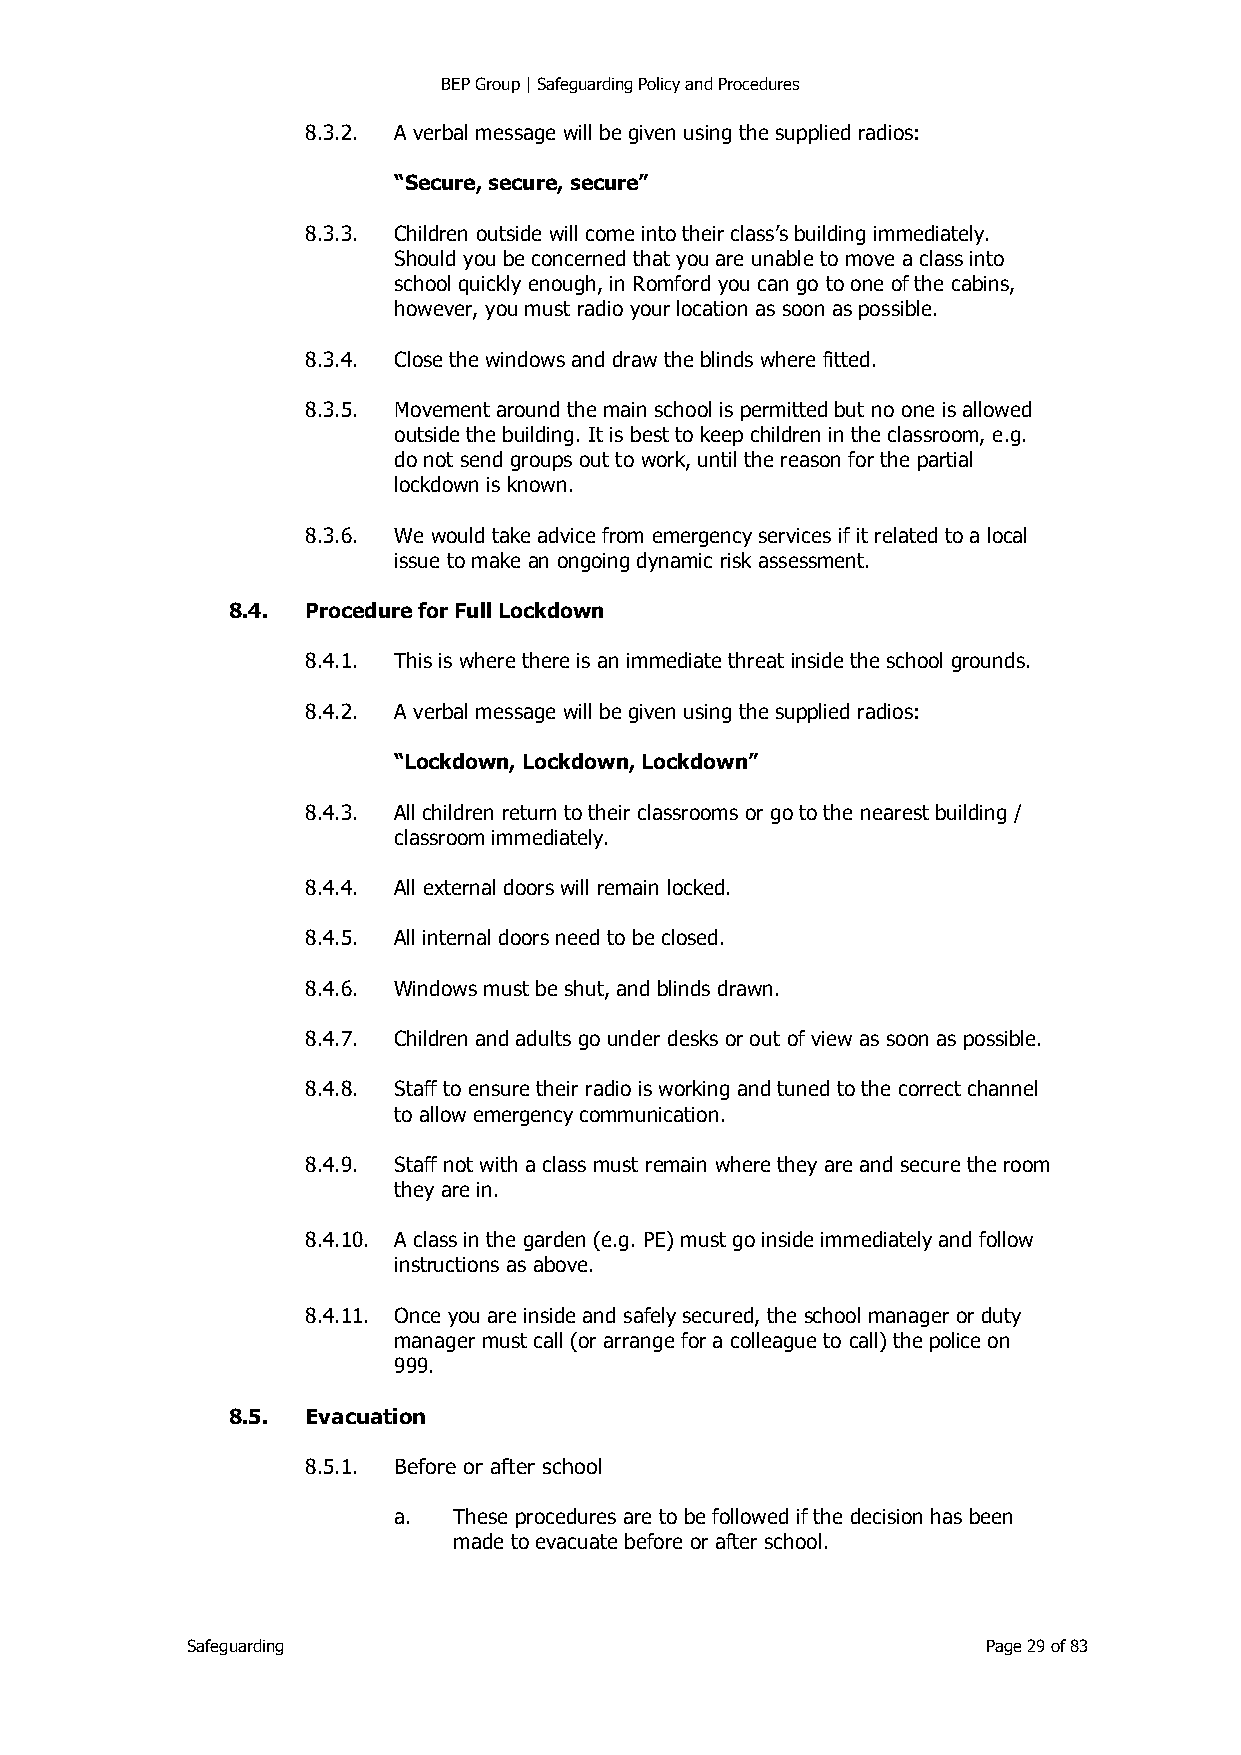
BEP Group | Safeguarding Policy and Procedures
 8.3.2. A verbal message will be given using the supplied radios:
 “Secure, secure, secure”
 8.3.3. Children outside will come into their class’s building immediately.
 Should you be concerned that you are unable to move a class into
 school quickly enough, in Romford you can go to one of the cabins,
 however, you must radio your location as soon as possible.
 8.3.4. Close the windows and draw the blinds where fitted.
 8.3.5. Movement around the main school is permitted but no one is allowed
 outside the building. It is best to keep children in the classroom, e.g.
 do not send groups out to work, until the reason for the partial
 lockdown is known.
 8.3.6. We would take advice from emergency services if it related to a local
 issue to make an ongoing dynamic risk assessment.
 8.4. Procedure for Full Lockdown
 8.4.1. This is where there is an immediate threat inside the school grounds.
 8.4.2. A verbal message will be given using the supplied radios:
 “Lockdown, Lockdown, Lockdown”
 8.4.3. All children return to their classrooms or go to the nearest building /
 classroom immediately.
 8.4.4. All external doors will remain locked.
 8.4.5. All internal doors need to be closed.
 8.4.6. Windows must be shut, and blinds drawn.
 8.4.7. Children and adults go under desks or out of view as soon as possible.
 8.4.8. Staff to ensure their radio is working and tuned to the correct channel
 to allow emergency communication.
 8.4.9. Staff not with a class must remain where they are and secure the room
 they are in.
 8.4.10. A class in the garden (e.g. PE) must go inside immediately and follow
 instructions as above.
 8.4.11. Once you are inside and safely secured, the school manager or duty
 manager must call (or arrange for a colleague to call) the police on
 999.
 8.5. Evacuation
 8.5.1. Before or after school
 a.  These procedures are to be followed if the decision has been
 made to evacuate before or after school.
 Safeguarding                                         Page 29 of 83